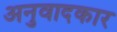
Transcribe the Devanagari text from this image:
अनुवादकार